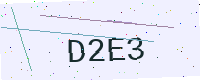
Text: D2E3